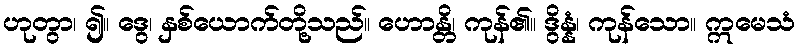
ဟုတွာ၊ ၍။ ဒွေ၊ နှစ်ယောက်တို့သည်။ ဟောန္တိ၊ ကုန်၏။ ဒွိန္နံ၊ ကုန်သော။ ဣမေသံ